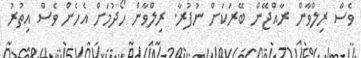
ވެސް ރިލްވާން ރާއްޖޭން ބޭރަކަށް ނުފުރާ. ރިލްވާން ހޯދުމަށް އެހެން ވެސް އިތުރު